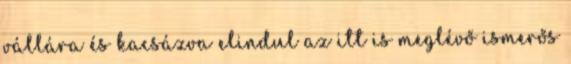
vállára és kacsázva elindul az itt is meglévő ismerős